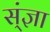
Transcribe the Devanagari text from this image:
स्ंज्ञा